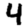
Digit: 4